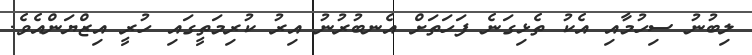
ލިބުނު ސިހުމާއި އެކު ތެޅިގަނެ ފަހަތަށް އެނބުރުނު އިރު ކުރިމަތީގައި ހުރީ އިޒްޔަންއެވެ.